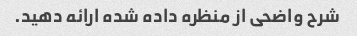
شرح واضحی از منظره داده شده ارائه دهید.